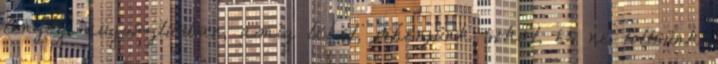
lényeg: augusztusban, amíg lehet, pihenjünk sokat, és ne töltsünk